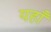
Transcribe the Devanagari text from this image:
यहाँँ